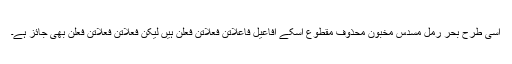
اسی طرح بحر رمل مسدس مخبون محذوف مقطوع اسکے افاعیل فاعلاتن فعلاتن فعلن ہیں لیکن فعلاتن فعلاتن فعلن بھی جائز ہے۔